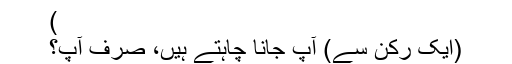
)
(ایک رُکن سے) آپ جانا چاہتے ہیں، صرف آپ؟